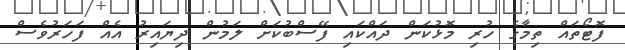
ފޮޓޯތައް ތިމާގެ ހުރި މޮޅުކަން ދައްކައި ފޭސްބުކަށް ލަމުން ދިޔައިރު އެއް ފަހަރުވެސް